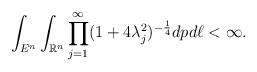
LaTeX: \begin{align*}\int_{E^{n}}\int_{\mathbb{R}^n}\prod_{j=1}^\infty(1+4\lambda_{j}^2)^{-\frac14}dpd\ell<\infty.\end{align*}